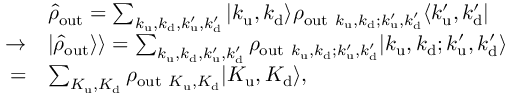
\begin{array} { r l } & { \hat { \rho } _ { \mathrm { o u t } } = \sum _ { k _ { \mathrm { u } } , k _ { \mathrm { d } } , k _ { \mathrm { u } } ^ { \prime } , k _ { \mathrm { d } } ^ { \prime } } \vert k _ { \mathrm { u } } , k _ { \mathrm { d } } \rangle \rho _ { \mathrm { o u t } ~ k _ { \mathrm { u } } , k _ { \mathrm { d } } ; k _ { \mathrm { u } } ^ { \prime } , k _ { \mathrm { d } } ^ { \prime } } \langle k _ { \mathrm { u } } ^ { \prime } , k _ { \mathrm { d } } ^ { \prime } \vert } \\ { \rightarrow } & { \vert \hat { \rho } _ { \mathrm { o u t } } \rangle \rangle = \sum _ { k _ { \mathrm { u } } , k _ { \mathrm { d } } , k _ { \mathrm { u } } ^ { \prime } , k _ { \mathrm { d } } ^ { \prime } } \rho _ { \mathrm { o u t } ~ k _ { \mathrm { u } } , k _ { \mathrm { d } } ; k _ { \mathrm { u } } ^ { \prime } , k _ { \mathrm { d } } ^ { \prime } } \vert k _ { \mathrm { u } } , k _ { \mathrm { d } } ; k _ { \mathrm { u } } ^ { \prime } , k _ { \mathrm { d } } ^ { \prime } \rangle } \\ { = } & { \sum _ { K _ { \mathrm { u } } , K _ { \mathrm { d } } } \rho _ { \mathrm { o u t } ~ K _ { \mathrm { u } } , K _ { \mathrm { d } } } \vert K _ { \mathrm { u } } , K _ { \mathrm { d } } \rangle , } \end{array}